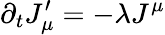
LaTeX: \partial_{t}J_{\mu}^{\prime}=-\lambda J^{\mu}